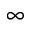
\mathrm { \infty }